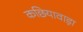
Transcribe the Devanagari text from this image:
कछियावाड़ा